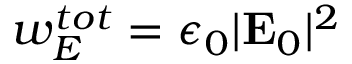
w _ { E } ^ { t o t } = \epsilon _ { 0 } | \mathbf { E } _ { 0 } | ^ { 2 }